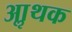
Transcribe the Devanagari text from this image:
आॢथक